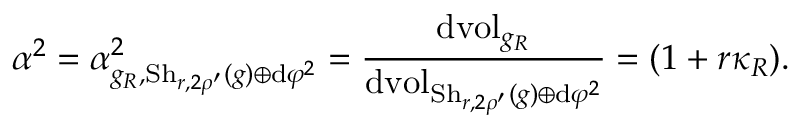
\alpha ^ { 2 } = \alpha _ { g _ { R } , \mathrm { S h } _ { r , 2 \rho ^ { \prime } } ( g ) \oplus \mathrm { d } \varphi ^ { 2 } } ^ { 2 } = \frac { \mathrm { d } \mathrm { v o l } _ { g _ { R } } } { \mathrm { d } \mathrm { v o l } _ { \mathrm { S h } _ { r , 2 \rho ^ { \prime } } ( g ) \oplus \mathrm { d } \varphi ^ { 2 } } } = ( 1 + r \kappa _ { R } ) .